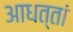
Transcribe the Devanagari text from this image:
आधत्तां